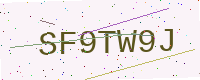
Text: SF9TW9J